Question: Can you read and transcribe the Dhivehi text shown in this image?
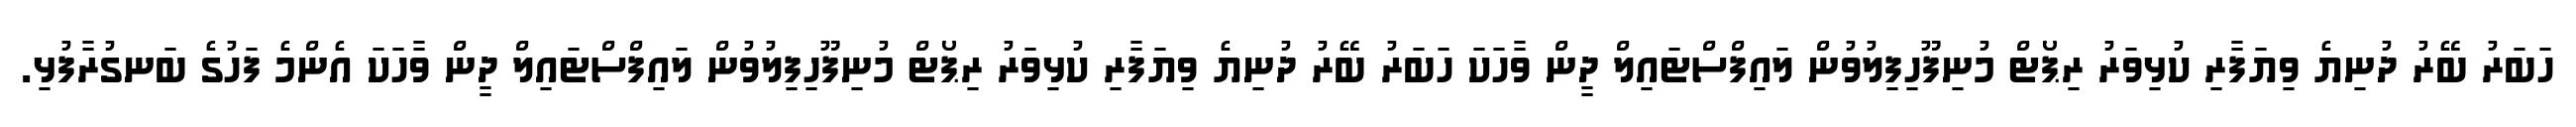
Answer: ހަބަރު ބޭރު ދުނިޔެ ވިޔަފާރި ކުޅިވަރު ރިޕޯޓް މުނިފޫހިފިލުވުން ލައިފްސްޓައިލް ދީން ވާހަކަ ހަބަރު ބޭރު ދުނިޔެ ވިޔަފާރި ކުޅިވަރު ރިޕޯޓް މުނިފޫހިފިލުވުން ލައިފްސްޓައިލް ދީން ވާހަކަ އެންމެ ފަހުގެ ބަނގުރާފުޅި.